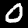
Digit: 0